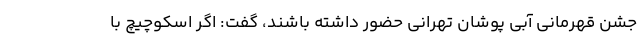
جشن قهرمانی آبی پوشان تهرانی حضور داشته باشند، گفت: اگر اسکوچیچ با